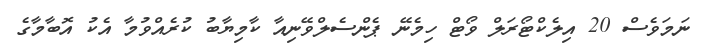
ނަމަވެސް 20 އިލެކްޓޯރަލް ވޯޓް ހިމެނޭ ޕެންސެލްވޭނިއާ ކާމިޔާބު ކުރެއްވުމާ އެކު އޮބާމާގެ